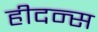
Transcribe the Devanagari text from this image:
हीदन्स